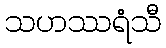
သဟဿရံသီ